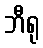
ဘီရု